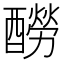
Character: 𨣃